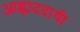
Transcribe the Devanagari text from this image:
आह्लाददायी